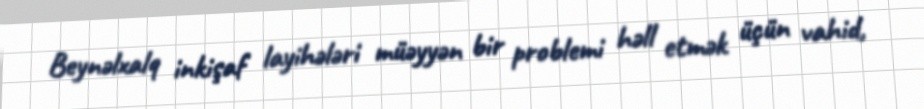
Beynəlxalq inkişaf layihələri müəyyən bir problemi həll etmək üçün vahid,